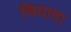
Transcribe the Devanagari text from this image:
चियादा